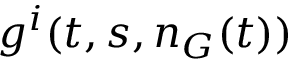
g ^ { i } ( t , s , n _ { G } ( t ) )